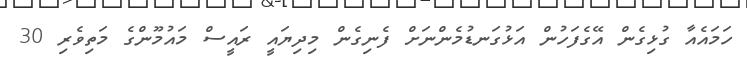
ހަމައެއާ ގުޅިގެން އޭގެފަހުން އަޅުގަނޑުމެންނަށް ފެނިގެން މިދިޔައީ ރައީސް މައުމޫންގެ މަތިވެރި 30